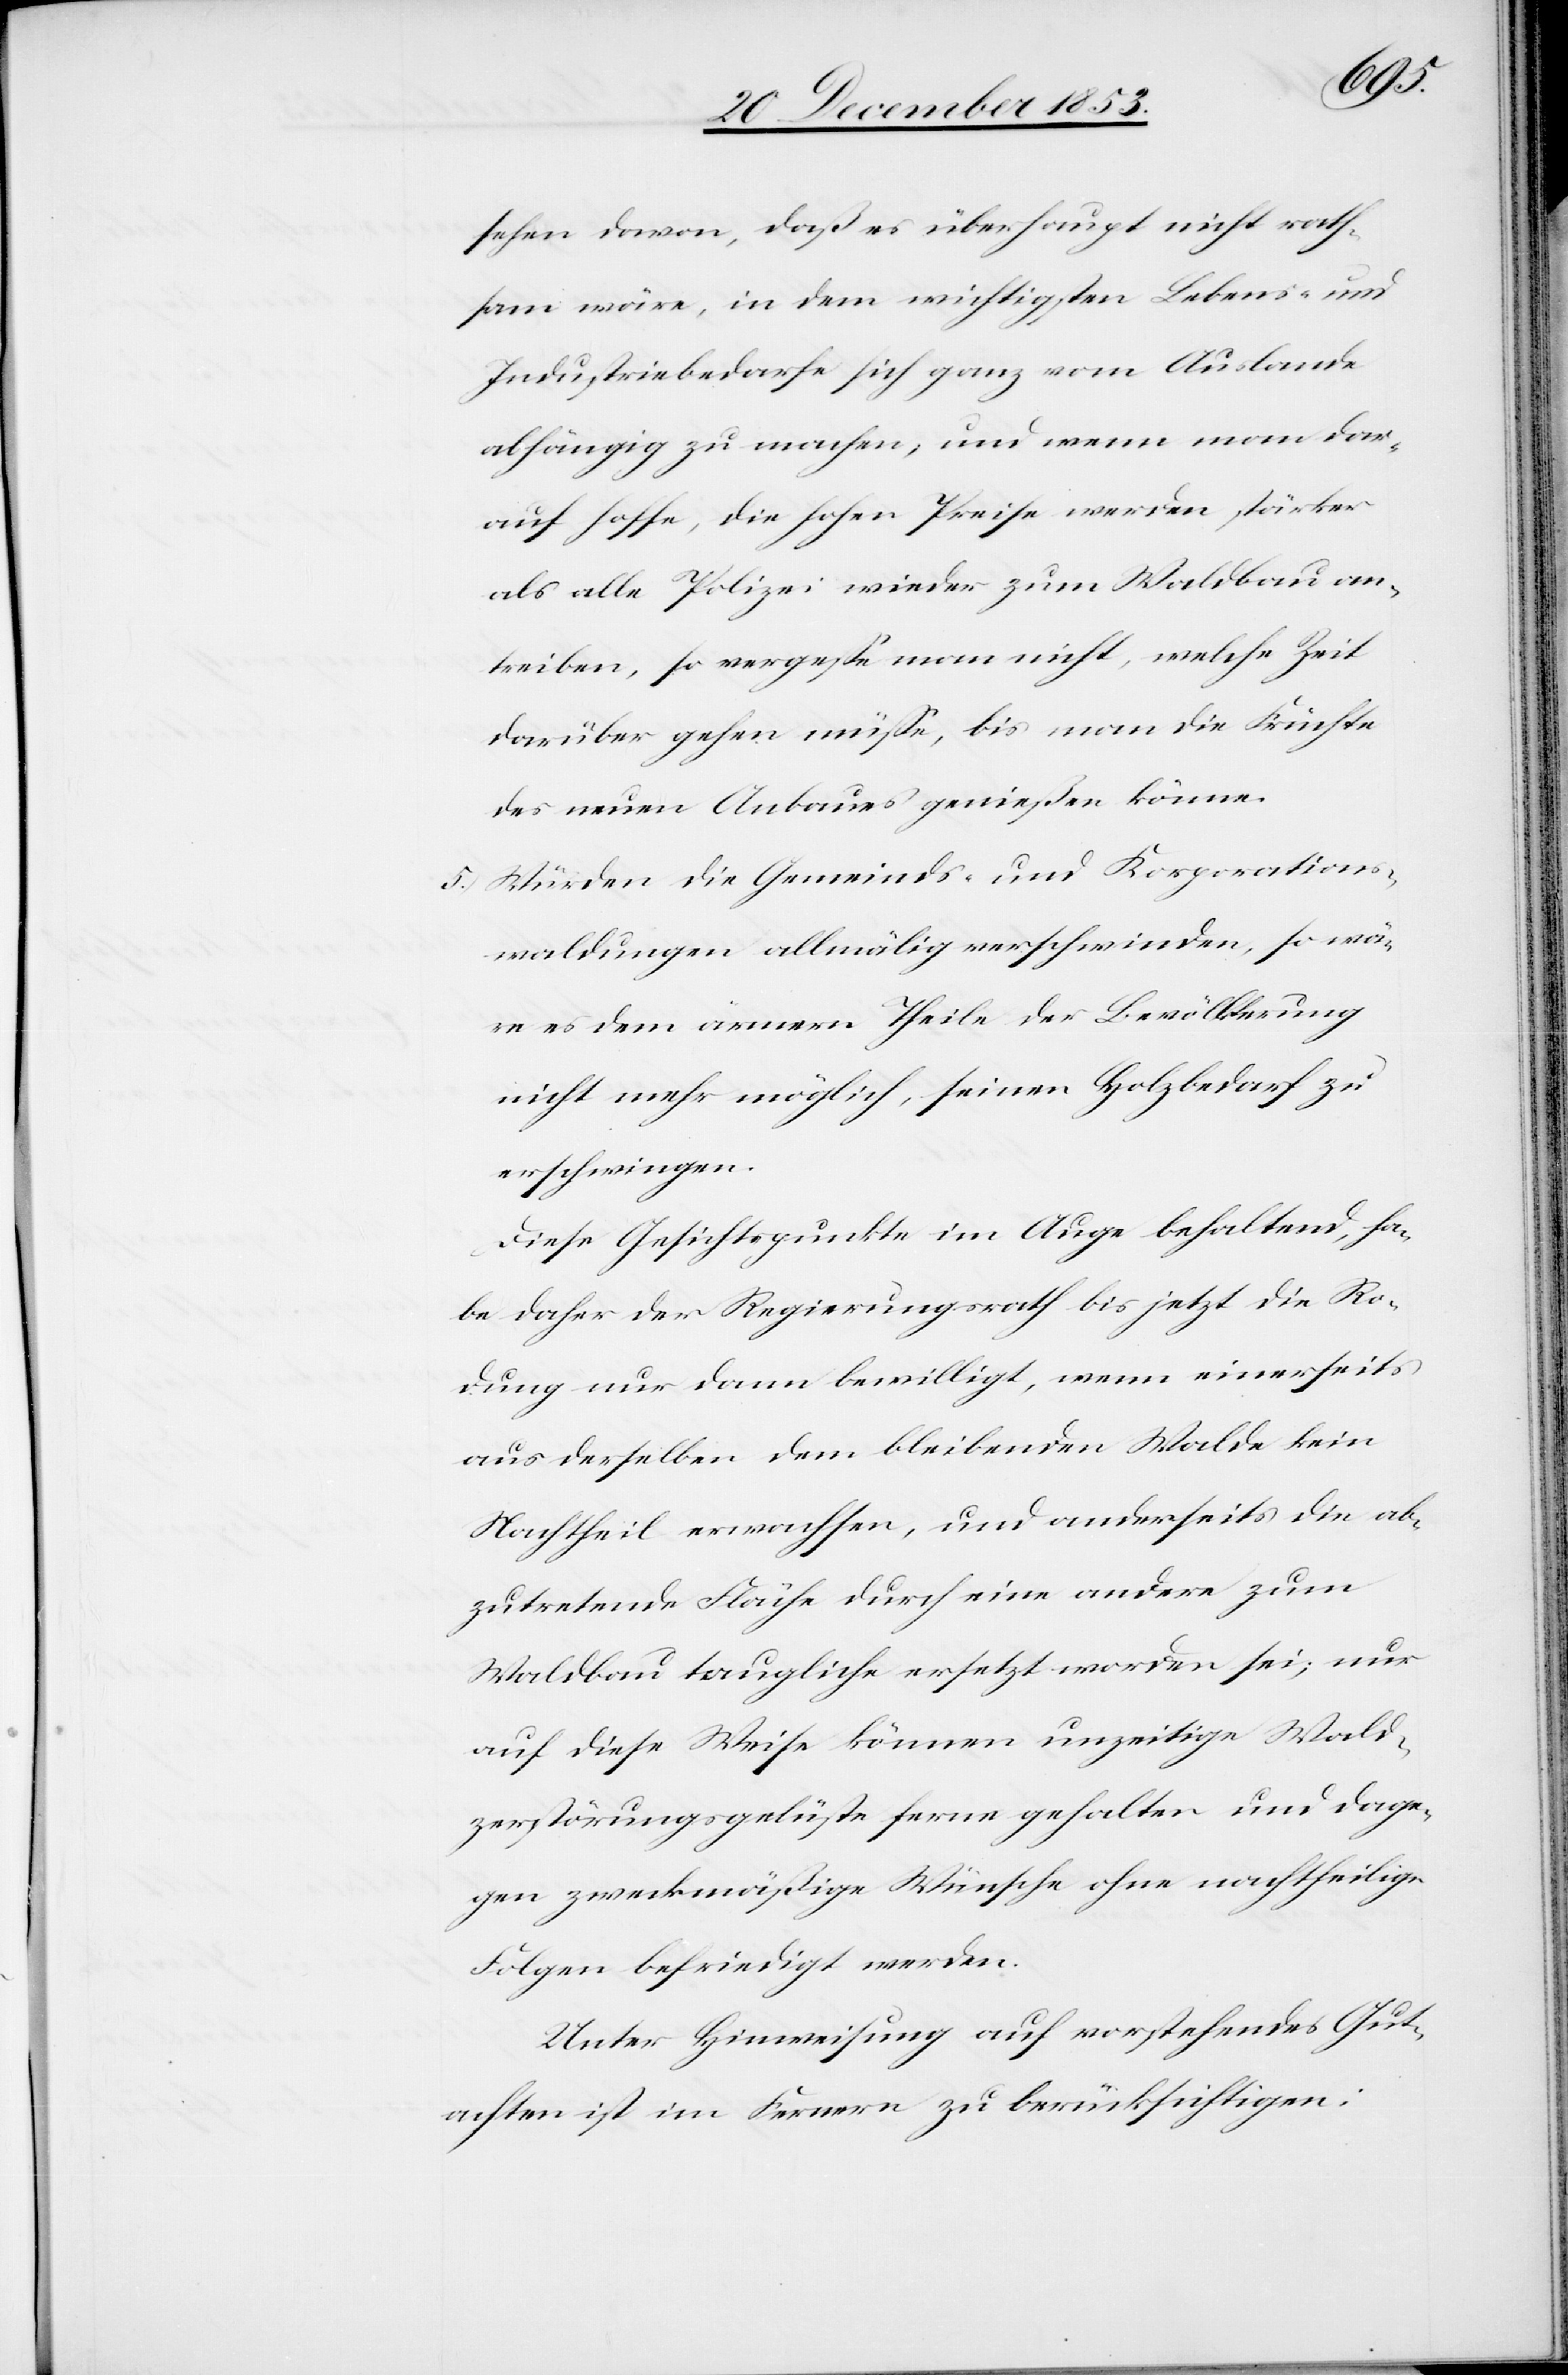
sehen davon, daß es überhaupt nicht rath¬
sam wäre, in dem wichtigsten Lebens- und
Industriebedarfe sich ganz vom Auslande
abhängig zu machen, und wenn man dar¬
auf hoffe, die hohen Preise werden stärker
als alle Polizei wieder zum Waldbau an¬
treiben, so vergeße man nicht, welche Zeit
darüber gehen müße, bis man die Früchte
des neuen Anbaues genießen könne.
5.) Würden die Gemeinds- und Korporations¬
waldungen allmälig verschwinden, so wä¬
re es dem ärmern Theile der Bevölkerung
nicht mehr möglich, seinen Holzbedarf zu
erschwingen.
Diese Gesichtspunkte im Auge behaltend, ha¬
be daher der Regierungsrath bis jetzt die Ro¬
dung nur dann bewilligt, wenn einerseits
aus derselben dem bleibenden Walde kein
Nachtheil erwachsen, und anderseits die ab¬
zutretende Fläche durch eine andere zum
Waldbau taugliche ersetzt worden sei; nur
auf diese Weise können unzeitige Wald¬
zerstörungsgelüste fern gehalten und dage¬
gen zweckmäßige Wünsche ohne nachtheilige
Folgen befriedigt werden.
Unter Hinweisung auf vorstehendes Gut¬
achten ist im Fernern zu berücksichtigen: